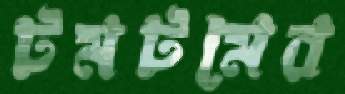
টমটমের